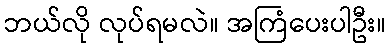
ဘယ်လို လုပ်ရမလဲ။ အကြံပေးပါဦး။